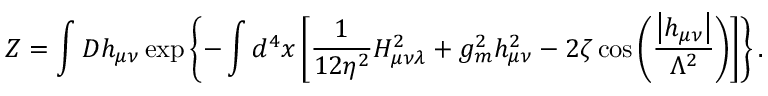
{ \cal Z } = \int { \cal D } h _ { \mu \nu } \exp \left\{ - \int d ^ { 4 } x \left[ \frac { 1 } { 1 2 \eta ^ { 2 } } H _ { \mu \nu \lambda } ^ { 2 } + g _ { m } ^ { 2 } h _ { \mu \nu } ^ { 2 } - 2 \zeta \cos \left( \frac { \left| h _ { \mu \nu } \right| } { \Lambda ^ { 2 } } \right) \right] \right\} .